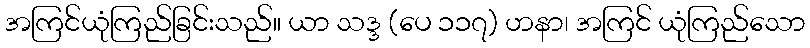
အကြင်ယုံကြည်ခြင်းသည်။ ယာ သဒ္ဒ (ပေ ၁၁၇) ဟနာ၊ အကြင် ယုံကြည်သော